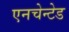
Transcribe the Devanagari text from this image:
एनचेन्टेड